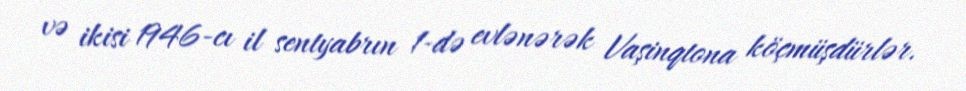
və ikisi 1946-cı il sentyabrın 1-də evlənərək Vaşinqtona köçmüşdürlər.